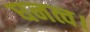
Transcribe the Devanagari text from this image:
घनत्व।